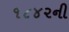
૧૮૪૨ની